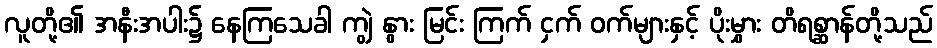
လူတို့၏ အနီးအပါး၌ နေကြသေခါ ကျွဲ နွား မြင်း ကြက် ငှက် ဝက်များနှင့် ပိုးမွှား တိရစ္ဆာန်တို့သည်